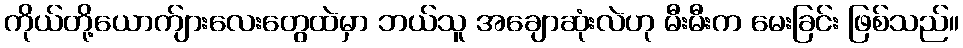
ကိုယ်တို့ယောက်ျားလေးတွေထဲမှာ ဘယ်သူ အချောဆုံးလဲဟု မီးမီးက မေးခြင်း ဖြစ်သည်။